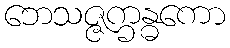
ဘေသဇ္ဇက္ခန္ဓကော